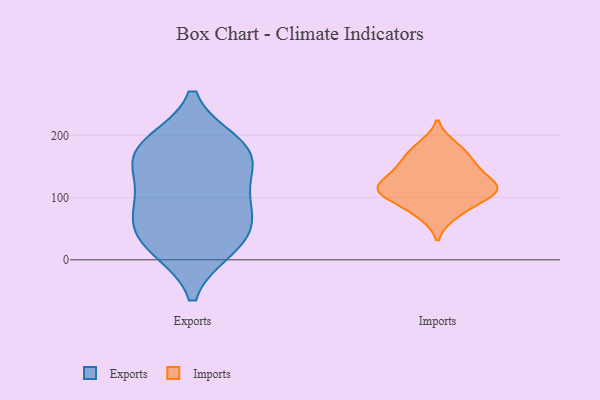
{"axis": {"x": "Customer Acquisition Cost (USD)", "y": "Value"}, "legend": ["Exports", "Imports"], "data": [{"x": "", "y": 186, "type": "Exports"}, {"x": "", "y": 21, "type": "Exports"}, {"x": "", "y": 85, "type": "Exports"}, {"x": "", "y": 64, "type": "Exports"}, {"x": "", "y": 19, "type": "Exports"}, {"x": "", "y": 180, "type": "Exports"}, {"x": "", "y": 43, "type": "Exports"}, {"x": "", "y": 165, "type": "Exports"}, {"x": "", "y": 133, "type": "Exports"}, {"x": "", "y": 170, "type": "Exports"}, {"x": "", "y": 95, "type": "Exports"}, {"x": "", "y": 184, "type": "Imports"}, {"x": "", "y": 110, "type": "Imports"}, {"x": "", "y": 107, "type": "Imports"}, {"x": "", "y": 149, "type": "Imports"}, {"x": "", "y": 112, "type": "Imports"}, {"x": "", "y": 71, "type": "Imports"}, {"x": "", "y": 169, "type": "Imports"}, {"x": "", "y": 122, "type": "Imports"}, {"x": "", "y": 147, "type": "Imports"}, {"x": "", "y": 89, "type": "Imports"}, {"x": "", "y": 121, "type": "Imports"}]}